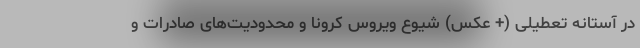
در آستانه تعطیلی (+ عکس) شیوع ویروس کرونا و محدودیت‌های صادرات و